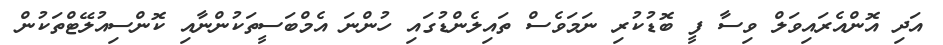
އަދި އޮންއެރައިވަލް ވިސާ ފީ ބޮޑުކުރި ނަމަވެސް ތައިލެންޑުގައި ހުންނަ އެމްބަސީތަކުންނާއި ކޮންސިއުލޭޓްތަކުން